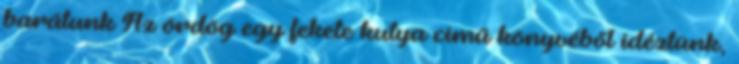
barátunk Az ördög egy fekete kutya című könyvéből idéztünk,